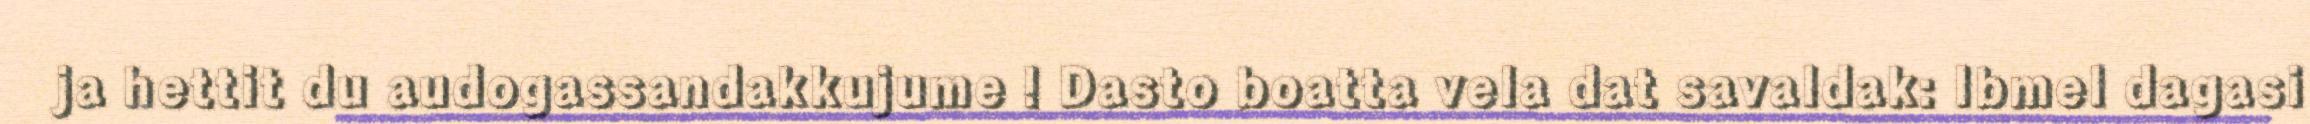
ja hettit du audogassandakkujume ! Dasto boatta vela dat savaldak: Ibmel dagasi